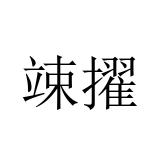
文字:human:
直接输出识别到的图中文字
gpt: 竦擢